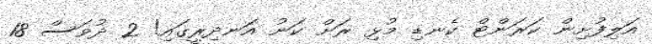
އަލިފުށިން ކަރަންޓް ކެނޑި މުޅި ރަށް ކަނު އަނދިރީގައި! 2 ދުވަސް 18